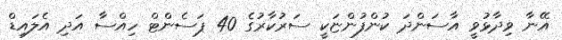
އޭނާ ވިދާޅުވީ އާސަންދަ ކުންފުންޏަކީ ސަރުކާރުގެ 40 ޕަސެންޓް ހިއްސާ އަދި އެލައިޑް